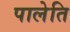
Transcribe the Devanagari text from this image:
पालेति